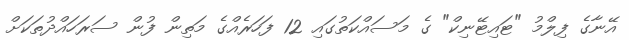
އޭނާގެ ފިލްމު "ޓައިޓޭނިކް" ގެ މަސައްކަތުގައި 12 ފަހަރެއްގެ މަތިން ފުން ސަރަހައްދުތަކަށް